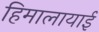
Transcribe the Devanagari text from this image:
हिमालायाई